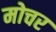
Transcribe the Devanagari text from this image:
मोचर